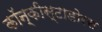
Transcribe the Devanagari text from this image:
कॉन्कीस्टाडोरस